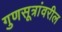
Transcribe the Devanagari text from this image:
गुणसूत्रांवरील